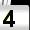
Digit: 4